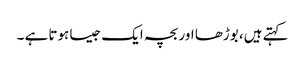
کہتے ہیں، بوڑھا اور بچہ ایک جیسا ہوتا ہے ۔